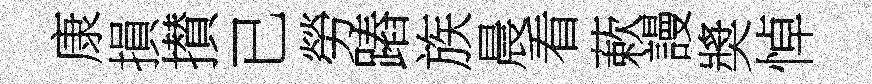
康損攅已勞蹖族晨看蔌謾奬悼